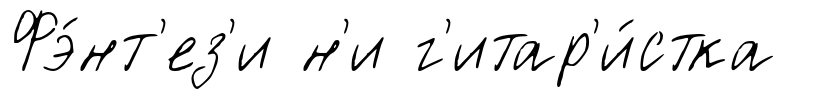
Фэ́нт'ез'и н'и г'итар'и́стка